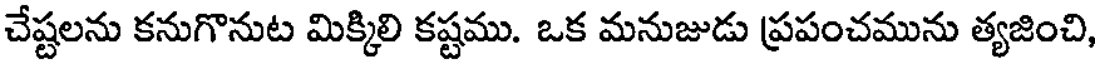
చేష్టలను కనుగొనుట మిక్కిలి కష్టము. ఒక మనుజుడు ప్రపంచమును త్యజించి,